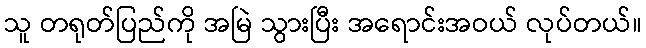
သူ တရုတ်ပြည်ကို အမြဲ သွားပြီး အရောင်းအဝယ် လုပ်တယ်။